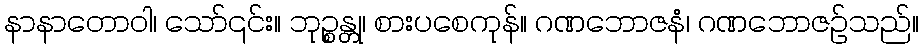
နာနာတောဝါ၊ သော်၎င်း။ ဘုဉ္စန္တု၊ စားပစေကုန်။ ဂဏဘောဇနံ၊ ဂဏဘောဇဉ်သည်။